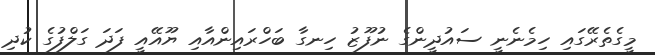
މީގެތެރޭގައި ހިމެނެނީ ސައުދީންގެ ނުފޫޒު ހިނގާ ބަހްރައިންއާއި ޔޫއޭއީ ފަދަ ގަލްފުގެ ކުދި